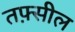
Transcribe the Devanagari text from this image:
तफ़्सील